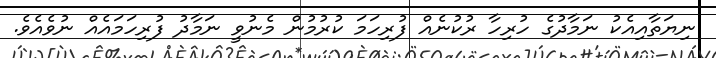
ނިޔަތާއިއެކު ނަމާދުގެ ހުރިހާ ރުކުނެއް ފުރިހަމަ ކުރުމުން މެނުވީ ނަމާދު ފުރިހަމައެއް ނުވެއެވެ.